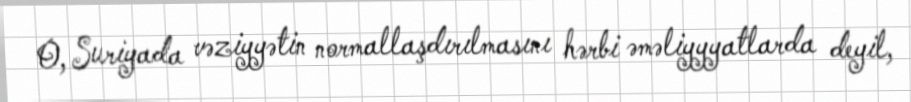
O, Suriyada vəziyyətin normallaşdırılmasını hərbi əməliyyyatlarda deyil,